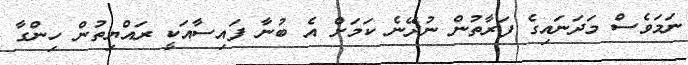
ނަމަވެސް މަދަނައިގެ ފަރާތުން ނުދޭނެ ކަމަށް އެ ބުނާ ފައިސާއަކީ ރައްޔިތުން ހިންގާ